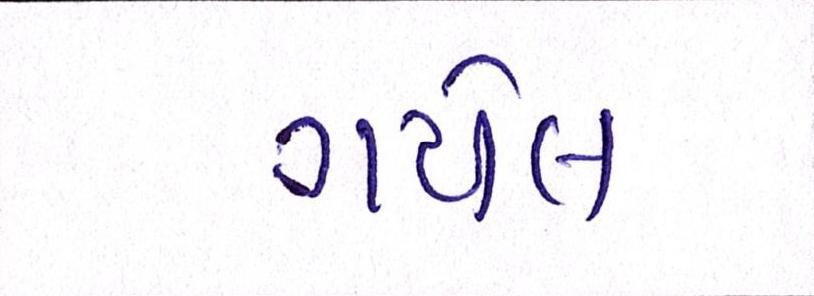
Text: ગયેલ